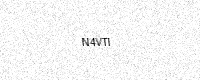
Text: N4VTI